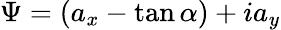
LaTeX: \Psi=(a_{x}-\tan\alpha)+ia_{y}